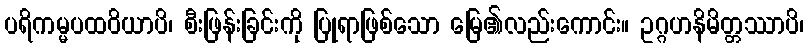
ပရိကမ္မပထဝိယာပိ၊ စီးဖြန်းခြင်းကို ပြုရာဖြစ်သော မြေ၏လည်းကောင်း။ ဥဂ္ဂဟနိမိတ္တဿာပိ၊